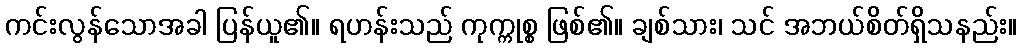
ကင်းလွန်သောအခါ ပြန်ယူ၏။ ရဟန်းသည် ကုက္ကုစ္စ ဖြစ်၏။ ချစ်သား၊ သင် အဘယ်စိတ်ရှိသနည်း။